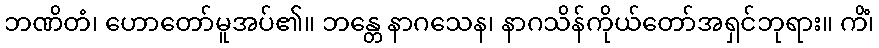
ဘဏိတံ၊ ဟောတော်မူအပ်၏။ ဘန္တေ နာဂသေန၊ နာဂသိန်ကိုယ်တော်အရှင်ဘုရား။ ကိံ၊